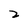
Character: 2